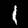
Label: 1